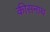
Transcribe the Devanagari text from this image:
कीसनाथ